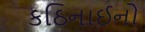
કઠિનાઈનો